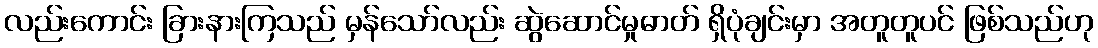
လည်းကောင်း ခြားနားကြသည် မှန်သော်လည်း ဆွဲဆောင်မှုဓာတ် ရှိပုံချင်းမှာ အတူတူပင် ဖြစ်သည်ဟု